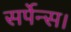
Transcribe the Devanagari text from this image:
सर्पेन्स।